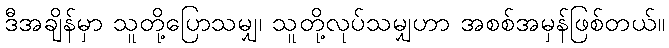
ဒီအချိန်မှာ သူတို့ပြောသမျှ၊ သူတို့လုပ်သမျှဟာ အစစ်အမှန်ဖြစ်တယ်။